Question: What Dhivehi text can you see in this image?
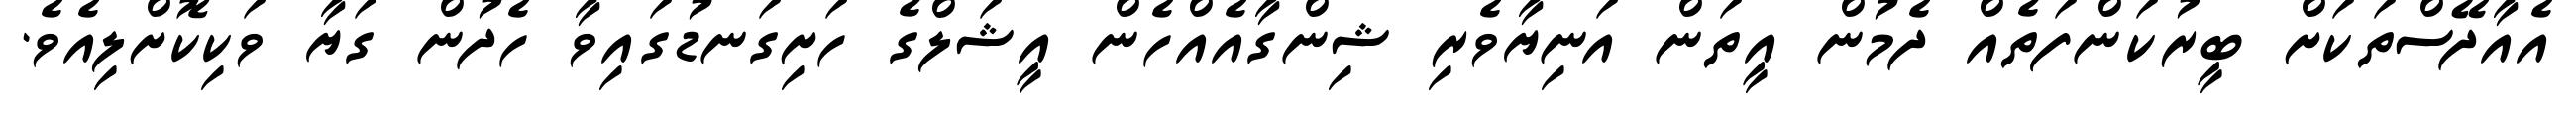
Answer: އެއާދޭސްތަކަށް ބީރުކަންފަތެއް ދެމުން އީތަން އަނިޔާވެރި ޝިންގާއެއްހެން އީޝަލްގެ ހަށިގަނޑުގައިވާ ހެދުން ގަޔާ ވަކިކޮށްލިއެވެ.